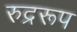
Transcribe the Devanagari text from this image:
रुद्ररूप